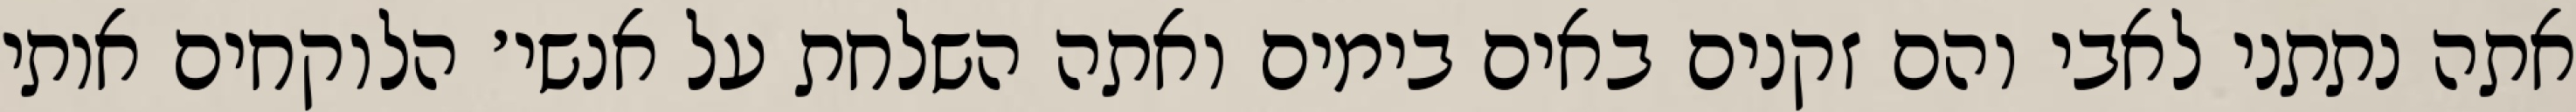
אתה נתתני לאבי והם זקנים באים בימים ואתה השלחת על אנשי׳ הלוקחים אותי